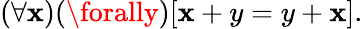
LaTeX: (\forall\mathbf{x})(\forally)[\mathbf{x}+y=y+\mathbf{x}].